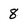
Character: 8